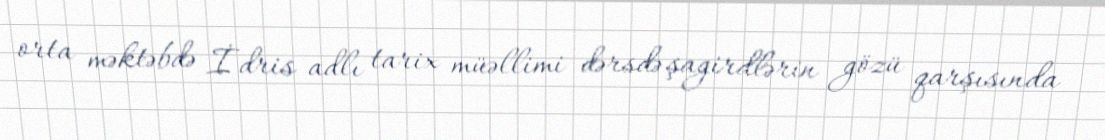
orta məktəbdə İdris adlı tarix müəllimi dərsdə şagirdlərin gözü qarşısında